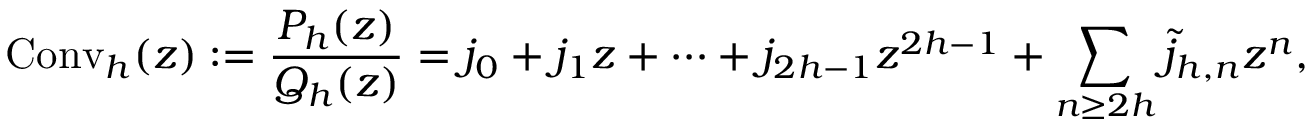
\operatorname { C o n v } _ { h } ( z ) : = { \frac { P _ { h } ( z ) } { Q _ { h } ( z ) } } = j _ { 0 } + j _ { 1 } z + \cdots + j _ { 2 h - 1 } z ^ { 2 h - 1 } + \sum _ { n \geq 2 h } { \widetilde { j } } _ { h , n } z ^ { n } ,